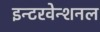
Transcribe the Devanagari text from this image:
इन्टरवेन्शनल